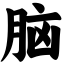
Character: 脑